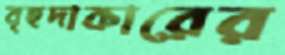
বৃহদাকারের